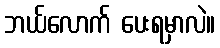
ဘယ်လောက် ပေးရမှာလဲ။